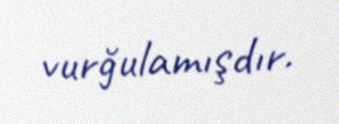
vurğulamışdır.